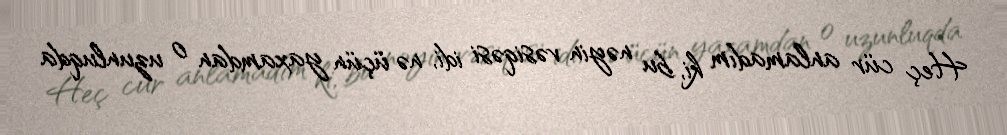
Heç cür anlamadım ki, bu nəyin vəsiqəsi idi, nə üçün yaxamdan o uzunluqda